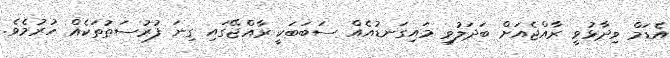
އެޑަމް ވިދާޅުވީ ރާއްޖެއަށް ބަދަލުވި މައިގަނޑުއެއް ސަބަބަކީ ރާއްޖޭގައި ގިނަ ފުރުސަތުތަކެއް ހުރުމެވެ.